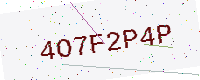
Text: 4O7F2P4P